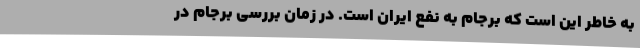
به خاطر این است که برجام به نفع ایران است. در زمان بررسی برجام در